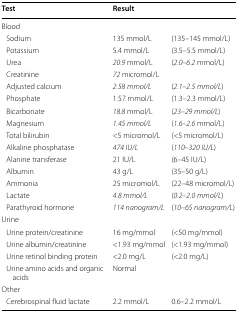
<table><thead><tr><td><b>Test</b></td><td colspan="2"><b>Result</b></td></tr></thead><tbody><tr><td colspan="3">Blood</td></tr><tr><td> Sodium</td><td>135 mmol/L</td><td>(135–145 mmol/L)</td></tr><tr><td> Potassium</td><td>5.4 mmol/L</td><td>(3.5–5.5 mmol/L)</td></tr><tr><td> Urea</td><td><i>20.9</i> mmol/L</td><td>(<i>2.0</i>–<i>6.2</i> mmol/L)</td></tr><tr><td> Creatinine</td><td><i>72</i> micromol/L</td><td></td></tr><tr><td> Adjusted calcium</td><td><i>2.58</i> <i>mmol/L</i></td><td>(<i>2.1</i>–<i>2.5</i> <i>mmol/L</i>)</td></tr><tr><td> Phosphate</td><td>1.57 mmol/L</td><td>(1.3–2.3 mmol/L)</td></tr><tr><td> Bicarbonate</td><td><i>18.8</i> mmol/L</td><td>(<i>23</i>–<i>29</i> <i>mmol/L</i>)</td></tr><tr><td> Magnesium</td><td><i>1.45</i> <i>mmol/L</i></td><td>(<i>1.6</i>–<i>2.6</i> mmol/L)</td></tr><tr><td> Total bilirubin</td><td>&lt;5 micromol/L</td><td>(&lt;5 micromol/L)</td></tr><tr><td> Alkaline phosphatase</td><td><i>474</i> <i>IU/L</i></td><td>(<i>110</i>–<i>320</i> <i>IU/L</i>)</td></tr><tr><td> Alanine transferase</td><td>21 IU/L</td><td>(6–45 IU/L)</td></tr><tr><td> Albumin</td><td>43 g/L</td><td>(35–50 g/L)</td></tr><tr><td> Ammonia</td><td>25 micromol/L</td><td>(22–48 micromol/L)</td></tr><tr><td> Lactate</td><td><i>4.8</i> <i>mmol/L</i></td><td>(<i>0.2</i>–<i>2.0</i> <i>mmol/L</i>)</td></tr><tr><td> Parathyroid hormone</td><td><i>114</i> <i>nanogram/L</i></td><td>(<i>10</i>–<i>65</i> <i>nanogram/L</i>)</td></tr><tr><td colspan="3">Urine</td></tr><tr><td> Urine protein/creatinine</td><td>16 mg/mmol</td><td>(&lt;50 mg/mmol)</td></tr><tr><td> Urine albumin/creatinine</td><td>&lt;1.93 mg/mmol</td><td>(&lt;1.93 mg/mmol)</td></tr><tr><td> Urine retinol binding protein</td><td>&lt;2.0 mg/L</td><td>(&lt;2.0 mg/L)</td></tr><tr><td> Urine amino acids and organic acids</td><td>Normal</td><td></td></tr><tr><td colspan="3">Other</td></tr><tr><td> Cerebrospinal fluid lactate</td><td>2.2 mmol/L</td><td>0.6–2.2 mmol/L</td></tr></tbody></table>